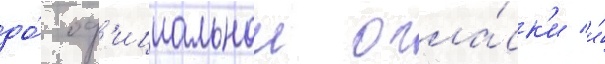
до́ оф'ициальнои огла́ск'и и́